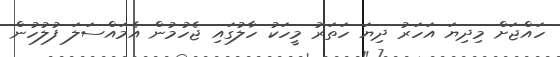
ހައްޖަށް މިދިޔަ އަހަރު ދިޔަ ހަތަރު މީހަކު ހާލުގައި ޖެހުމުން އެމައްސަލަ ފުލުހުން